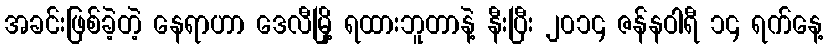
အခင်းဖြစ်ခဲ့တဲ့ နေရာဟာ ဒေလီမြို့ ရထားဘူတာနဲ့ နီးပြီး ၂၀၁၄ ဇန်နဝါရီ ၁၄ ရက်နေ့